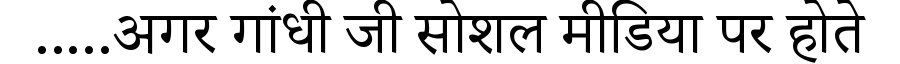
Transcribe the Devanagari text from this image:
.....अगर गांधी जी सोशल मीडिया पर होते